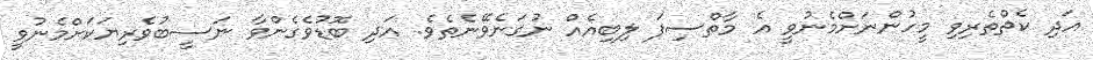
އަދި ކެތްތެރިވި މީހުންނަށްމެނުވީ އެ މާތްސިފަ ލިބިއެއް ނުގަނެވޭނެތެވެ. އަދި ބޮޑުވެގެންވާ ނަސީބުވެރިޔަކަށްމެނުވީ